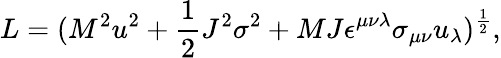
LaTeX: L=(M^{2}u^{2}+{\frac{1}{2}}J^{2}\sigma^{2}+MJ\epsilon^{\mu\nu\lambda}\sigma_{\mu\nu}u_{\lambda})^{\frac{1}{2}},